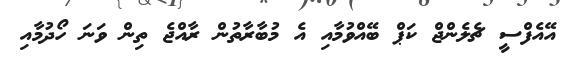
އޭއެފްސީ ޗެލެންޖް ކަޕް ބޭއްވުމާއި އެ މުބާރާތުން ރާއްޖެ ތިން ވަނަ ހޯދުމާއި